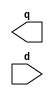
// A simple model of a flip-flop using a XOR gate.


module sff(q, d);

output q;
input d;

wire d, x, y, z;
reg q;

// cut-off the signal to length 1
not #1 (z, d);
and(y, d, z);

// change the vaue of x if y is 1
xor(x, q, y);

initial q <= 0;

always #1 q <= x;

endmodule


module sff_tb();

wire q;
reg d;

sff S (q, d);

initial begin
    $dumpfile("test.vcd");
    $dumpvars(0, d, S.z, S.y, S.x, q);
    $display("time\td\tz\ty\tx\tq");
    $monitor("%h\t%b\t%b\t%b\t%b\t%b", $time, d, S.z, S.y, S.x, q);
    d = 0;
    #10 d = 1;
    #4 d = 0;
    #5 d = 1;
    #3 d = 0;
    #6 d = 1;
    #3 d = 0;
    #6 d = 1;
    #4 d = 0;
    #10 $finish;
end

endmodule